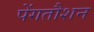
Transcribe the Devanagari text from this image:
पेंगतौशन